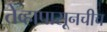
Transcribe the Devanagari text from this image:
तेव्हापासूनचीच